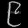
Digit: ၉